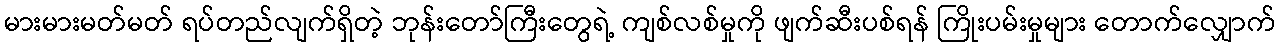
မားမားမတ်မတ် ရပ်တည်လျက်ရှိတဲ့ ဘုန်းတော်ကြီးတွေရဲ့ ကျစ်လစ်မှုကို ဖျက်ဆီးပစ်ရန် ကြိုးပမ်းမှုများ တောက်လျှောက်